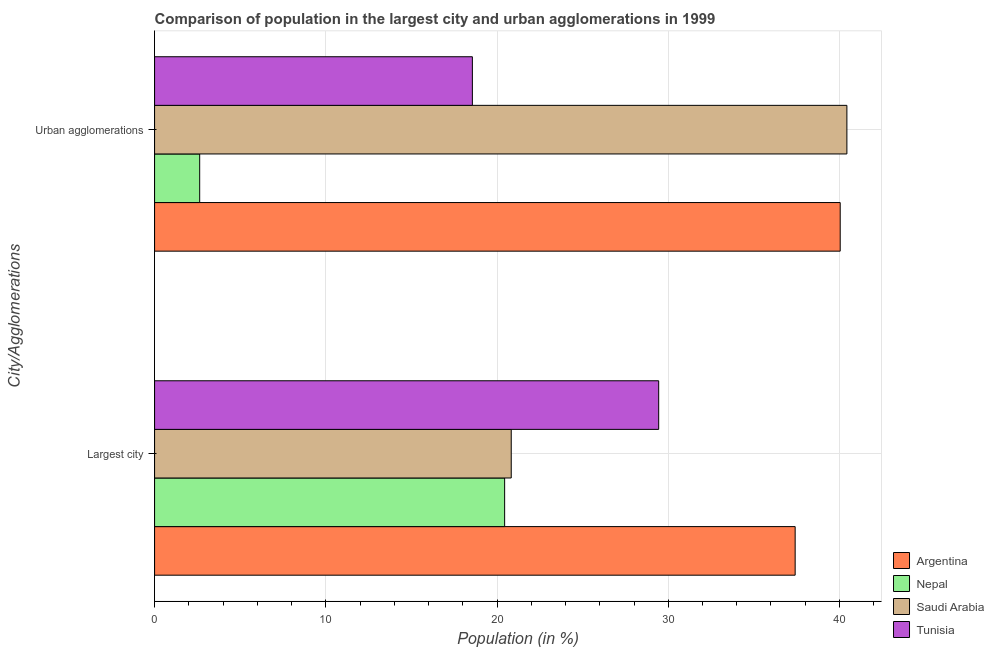
| City/Agglomerations | Argentina | Nepal | Saudi Arabia | Tunisia |
 | --- | --- | --- | --- | --- |
 | Largest city | 37.4 | 20.4 | 20.8 | 29.4 |
 | Urban agglomerations | 40 | 2.63 | 40.4 | 18.6 |